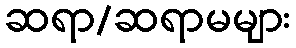
ဆရာ/ဆရာမများ